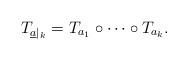
LaTeX: \begin{align*}T_{\underline a\vert_k} = T_{a_1} \circ \cdots \circ T_{a_k}.\end{align*}